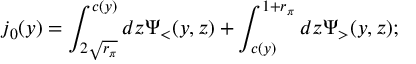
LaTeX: j _ { 0 } ( y ) = \int _ { 2 \sqrt { r _ { \pi } } } ^ { c ( y ) } d z \Psi _ { < } ( y , z ) + \int _ { c ( y ) } ^ { 1 + r _ { \pi } } d z \Psi _ { > } ( y , z ) ;